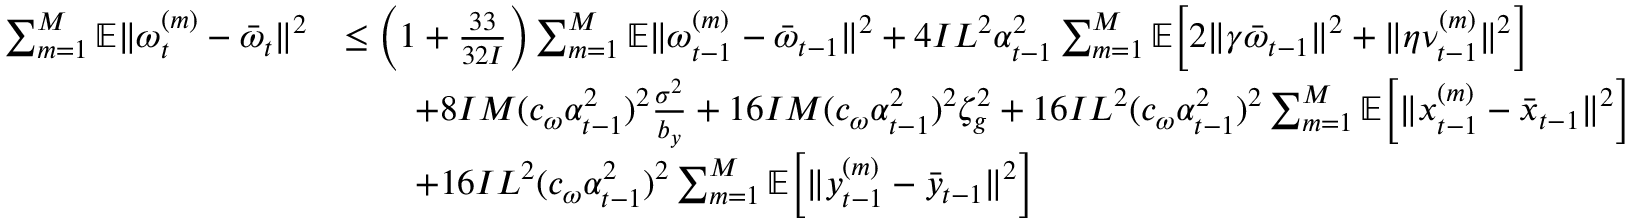
\begin{array} { r l } { \sum _ { m = 1 } ^ { M } \mathbb { E } \| \omega _ { t } ^ { ( m ) } - \bar { \omega } _ { t } \| ^ { 2 } } & { \leq \left( 1 + \frac { 3 3 } { 3 2 I } \right) \sum _ { m = 1 } ^ { M } \mathbb { E } \| \omega _ { t - 1 } ^ { ( m ) } - \bar { \omega } _ { t - 1 } \| ^ { 2 } + 4 I L ^ { 2 } \alpha _ { t - 1 } ^ { 2 } \sum _ { m = 1 } ^ { M } \mathbb { E } \bigg [ 2 \| \gamma \bar { \omega } _ { t - 1 } \| ^ { 2 } + \| \eta \nu _ { t - 1 } ^ { ( m ) } \| ^ { 2 } \bigg ] } \\ & { \qquad + 8 I M ( c _ { \omega } \alpha _ { t - 1 } ^ { 2 } ) ^ { 2 } \frac { \sigma ^ { 2 } } { b _ { y } } + 1 6 I M ( c _ { \omega } \alpha _ { t - 1 } ^ { 2 } ) ^ { 2 } \zeta _ { g } ^ { 2 } + 1 6 I L ^ { 2 } ( c _ { \omega } \alpha _ { t - 1 } ^ { 2 } ) ^ { 2 } \sum _ { m = 1 } ^ { M } \mathbb { E } \bigg [ \| x _ { t - 1 } ^ { ( m ) } - \bar { x } _ { t - 1 } \| ^ { 2 } \bigg ] } \\ & { \qquad + 1 6 I L ^ { 2 } ( c _ { \omega } \alpha _ { t - 1 } ^ { 2 } ) ^ { 2 } \sum _ { m = 1 } ^ { M } \mathbb { E } \bigg [ \| y _ { t - 1 } ^ { ( m ) } - \bar { y } _ { t - 1 } \| ^ { 2 } \bigg ] } \end{array}